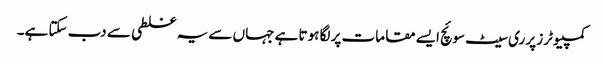
کمپیوٹرز پر ری سیٹ سوئچ ایسے مقامات پر لگا ہوتا ہے جہاں سے یہ غلطی سے دب سکتا ہے۔